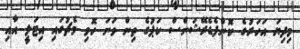
މިދިޔަ އަހަރުގެ ކޮންފެޑެރޭޝަންސް ކަޕުގެ ތިން ވަނަ ހޮވި މެޗުގައި އިޓަލީ އާއި